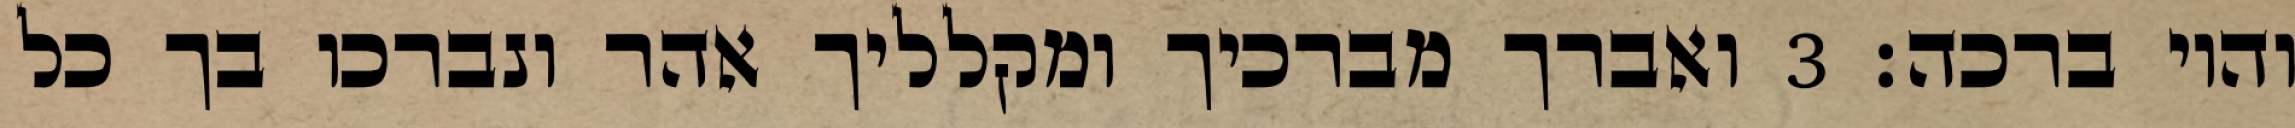
והוי ברכה׃ ‎3‏ ואברך מברכיך ומקלליך אהר ונברכו בך כל